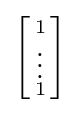
\left[{\begin{smallmatrix}1\\\vdots \\1\end{smallmatrix}}\right]